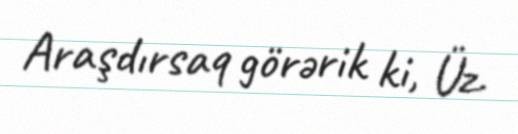
Araşdırsaq görərik ki, Üz.